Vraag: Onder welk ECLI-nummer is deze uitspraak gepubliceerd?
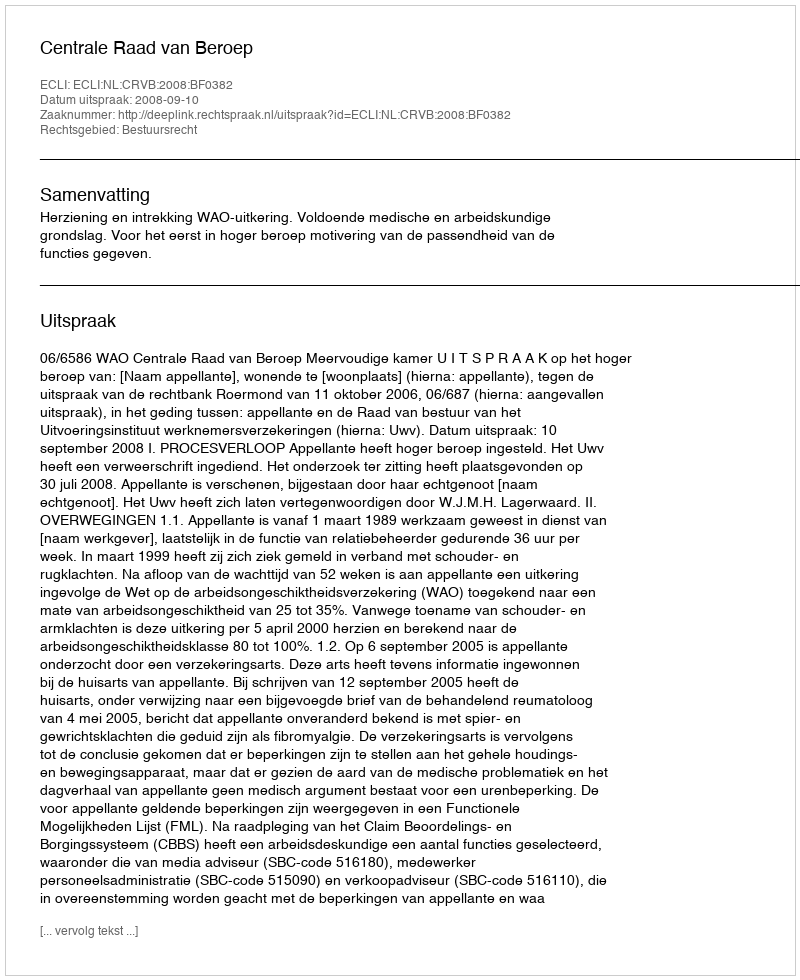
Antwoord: ECLI:NL:CRVB:2008:BF0382